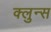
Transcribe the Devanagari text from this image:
क्लुन्स